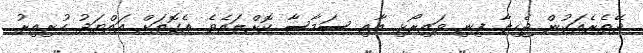
ދޭތެރެއަކުން ޖެހިލާ ފިނި ވައިރޯޅި އާއި ސަމާސާ ކޮށްލައެވެ. އެގޮތަށް އައްޔަދު ހުރިއިރު